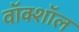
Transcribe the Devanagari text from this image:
वॉक्शॉल